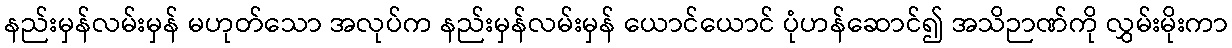
နည်းမှန်လမ်းမှန် မဟုတ်သော အလုပ်က နည်းမှန်လမ်းမှန် ယောင်ယောင် ပုံဟန်ဆောင်၍ အသိဉာဏ်ကို လွှမ်းမိုးကာ